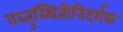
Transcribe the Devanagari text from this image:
वस्तुस्थितीनिदर्शक